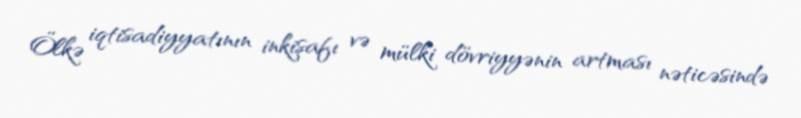
Ölkə iqtisadiyyatının inkişafı və mülki dövriyyənin artması nəticəsində